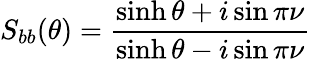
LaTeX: S_{bb}(\theta)=\frac{\sinh\theta+i\sin\pi\nu}{\sinh\theta-i\sin\pi\nu}